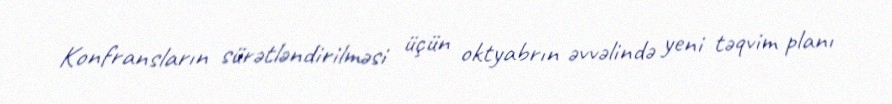
Konfransların sürətləndirilməsi üçün oktyabrın əvvəlində yeni təqvim planı